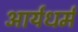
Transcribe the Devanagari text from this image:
आर्यधर्म